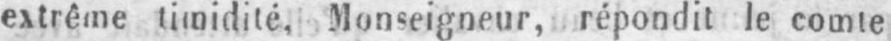
extrême timidité, Monseigneur, répondit le comte